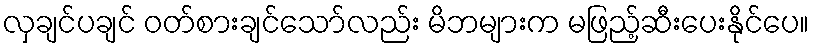
လှချင်ပချင် ဝတ်စားချင်သော်လည်း မိဘများက မဖြည့်ဆီးပေးနိုင်ပေ။